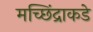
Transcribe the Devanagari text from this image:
मच्छिंद्राकडे